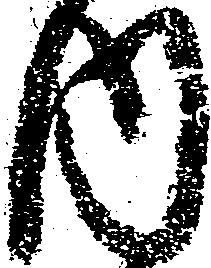
内